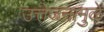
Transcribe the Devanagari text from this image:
उत्तेजनामुळे